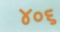
૪૦૬